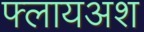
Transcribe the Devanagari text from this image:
फ्लायअश